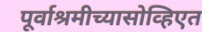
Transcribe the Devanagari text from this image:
पूर्वाश्रमीच्यासोव्हिएत